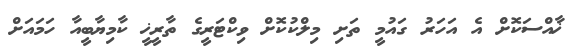
ޚާއްސަކޮށް އެ އަހަރު ގައުމީ ތަށި މިލްކުކޮށް ވިކްޓަރީގެ ތާރީޚީ ކާމިޔާބީއާ ހަމައަށް